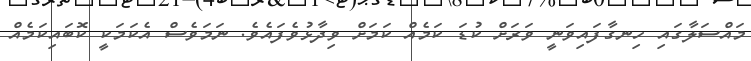
މައްސަލާގައި ހިނގާފައިވަނީ ވަރަށް ކުޑަ ކަމެއް ކަމަށް ވިދާޅުވެފައެވެ. ނަމަވެސް އެކަމަކީ ކޮބައިކަމެއް